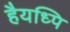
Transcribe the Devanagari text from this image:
हैयध्पि